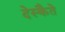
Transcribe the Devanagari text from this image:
देस्कैते